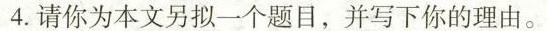
4.请你为本文另拟一个题目，并写下你的理由